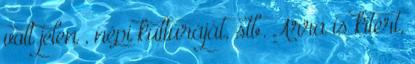
volt jelen , népi kultúráját, stb. Arra is kitért,